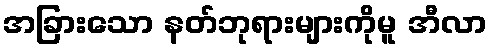
အခြားသော နတ်ဘုရားများကိုမူ အီလာ